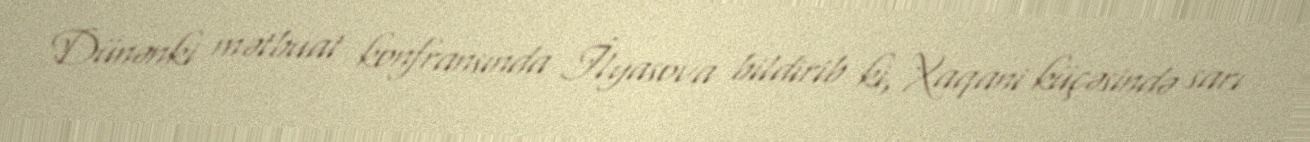
Dünənki mətbuat konfransında İlyasova bildirib ki, Xaqani küçəsində sarı